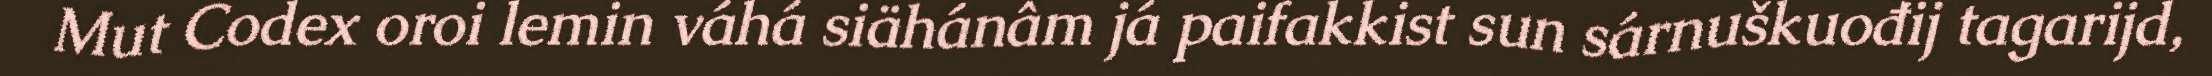
Mut Codex oroi lemin váhá siähánâm já paifakkist sun sárnuškuođij tagarijd,